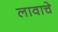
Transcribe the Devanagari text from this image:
लावाचे